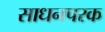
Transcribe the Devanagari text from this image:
साधनपरक